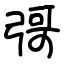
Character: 彁